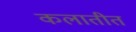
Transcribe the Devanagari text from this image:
कलातीत